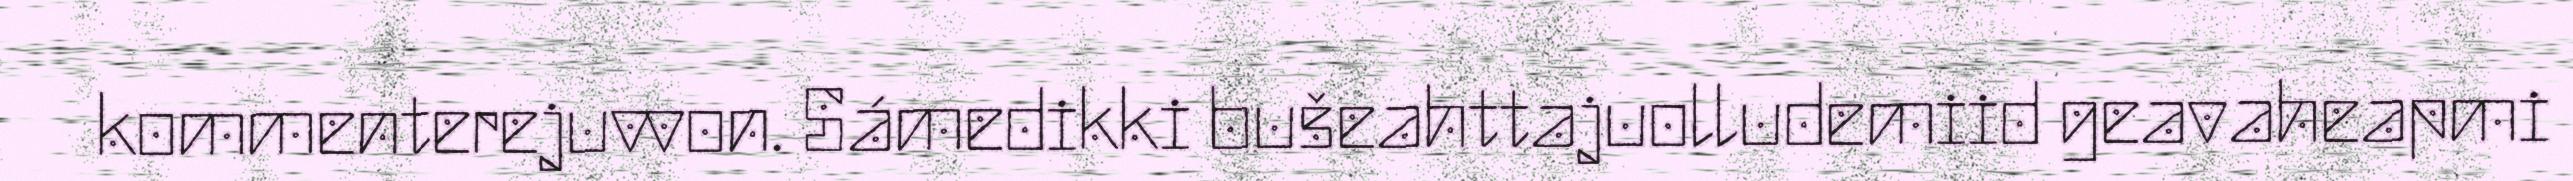
kommenterejuvvon. Sámedikki bušeahttajuolludemiid geavaheapmi